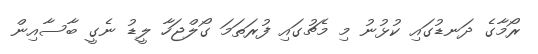
ރޯމާގެ ދަނޑުގައި ކުޅުނު މި މެޗުގައި ފުރަތަމަ ގޯލްޖަހާ ލީޑު ނެގީ ބާސާއިން